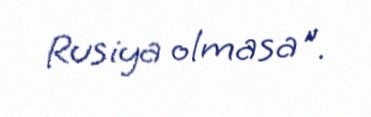
Rusiya olmasa".